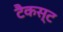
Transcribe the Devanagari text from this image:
टैकस्ट